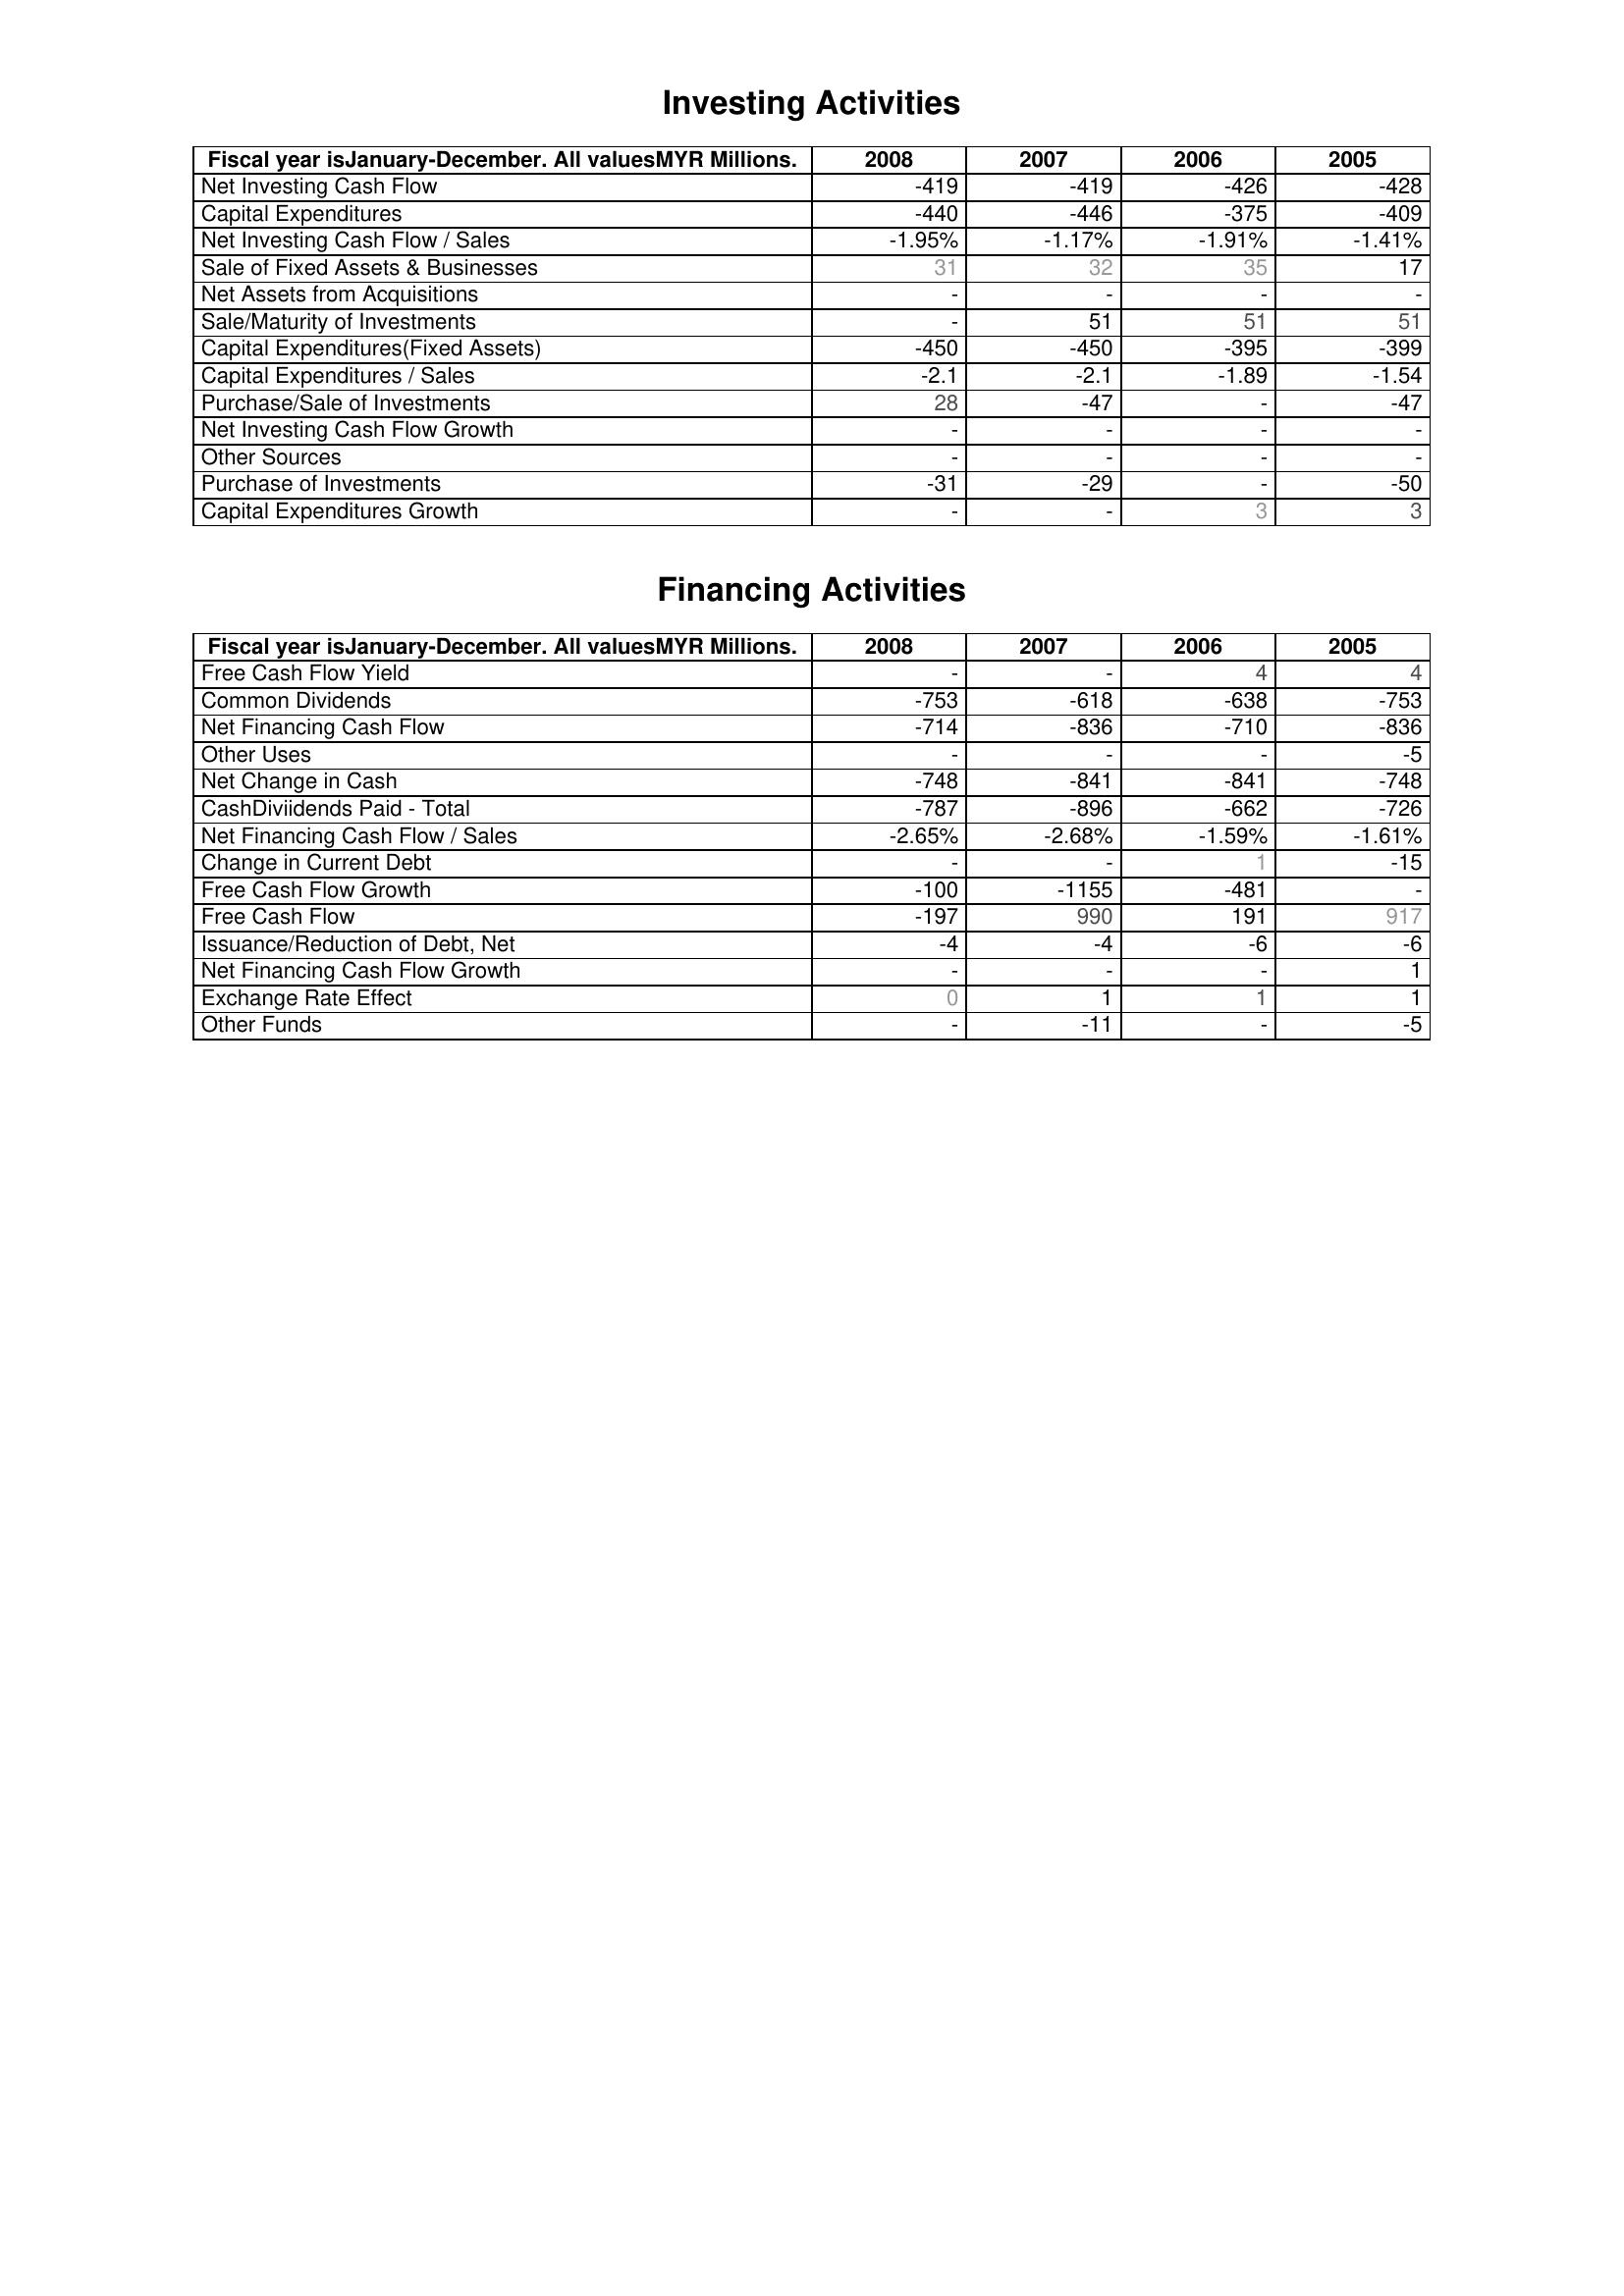
2008: Investing Activities: Net Investing Cash Flow: -419
Capital Expenditures: -440
Net Investing Cash Flow / Sales: -1.95%
Sale of Fixed Assets & Businesses: 31
Net Assets from Acquisitions: -
Sale/Maturity of Investments: -
Capital Expenditures(Fixed Assets): -450
Capital Expenditures / Sales: -2.1
Purchase/Sale of Investments: 28
Net Investing Cash Flow Growth: -
Other Sources: -
Purchase of Investments: -31
Capital Expenditures Growth: -
Financing Activities: Free Cash Flow Yield: -
Common Dividends: -753
Net Financing Cash Flow: -714
Other Uses: -
Net Change in Cash: -748
CashDiviidends Paid - Total: -787
Net Financing Cash Flow / Sales: -2.65%
Change in Current Debt: -
Free Cash Flow Growth: -100
Free Cash Flow: -197
Issuance/Reduction of Debt, Net: -4
Net Financing Cash Flow Growth: -
Exchange Rate Effect: 0
Other Funds: -
2007: Investing Activities: Net Investing Cash Flow: -419
Capital Expenditures: -446
Net Investing Cash Flow / Sales: -1.17%
Sale of Fixed Assets & Businesses: 32
Net Assets from Acquisitions: -
Sale/Maturity of Investments: 51
Capital Expenditures(Fixed Assets): -450
Capital Expenditures / Sales: -2.1
Purchase/Sale of Investments: -47
Net Investing Cash Flow Growth: -
Other Sources: -
Purchase of Investments: -29
Capital Expenditures Growth: -
Financing Activities: Free Cash Flow Yield: -
Common Dividends: -618
Net Financing Cash Flow: -836
Other Uses: -
Net Change in Cash: -841
CashDiviidends Paid - Total: -896
Net Financing Cash Flow / Sales: -2.68%
Change in Current Debt: -
Free Cash Flow Growth: -1155
Free Cash Flow: 990
Issuance/Reduction of Debt, Net: -4
Net Financing Cash Flow Growth: -
Exchange Rate Effect: 1
Other Funds: -11
2006: Investing Activities: Net Investing Cash Flow: -426
Capital Expenditures: -375
Net Investing Cash Flow / Sales: -1.91%
Sale of Fixed Assets & Businesses: 35
Net Assets from Acquisitions: -
Sale/Maturity of Investments: 51
Capital Expenditures(Fixed Assets): -395
Capital Expenditures / Sales: -1.89
Purchase/Sale of Investments: -
Net Investing Cash Flow Growth: -
Other Sources: -
Purchase of Investments: -
Capital Expenditures Growth: 3
Financing Activities: Free Cash Flow Yield: 4
Common Dividends: -638
Net Financing Cash Flow: -710
Other Uses: -
Net Change in Cash: -841
CashDiviidends Paid - Total: -662
Net Financing Cash Flow / Sales: -1.59%
Change in Current Debt: 1
Free Cash Flow Growth: -481
Free Cash Flow: 191
Issuance/Reduction of Debt, Net: -6
Net Financing Cash Flow Growth: -
Exchange Rate Effect: 1
Other Funds: -
2005: Investing Activities: Net Investing Cash Flow: -428
Capital Expenditures: -409
Net Investing Cash Flow / Sales: -1.41%
Sale of Fixed Assets & Businesses: 17
Net Assets from Acquisitions: -
Sale/Maturity of Investments: 51
Capital Expenditures(Fixed Assets): -399
Capital Expenditures / Sales: -1.54
Purchase/Sale of Investments: -47
Net Investing Cash Flow Growth: -
Other Sources: -
Purchase of Investments: -50
Capital Expenditures Growth: 3
Financing Activities: Free Cash Flow Yield: 4
Common Dividends: -753
Net Financing Cash Flow: -836
Other Uses: -5
Net Change in Cash: -748
CashDiviidends Paid - Total: -726
Net Financing Cash Flow / Sales: -1.61%
Change in Current Debt: -15
Free Cash Flow Growth: -
Free Cash Flow: 917
Issuance/Reduction of Debt, Net: -6
Net Financing Cash Flow Growth: 1
Exchange Rate Effect: 1
Other Funds: -5